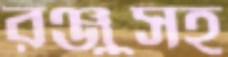
রঞ্জুসহ